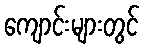
ကျောင်းများတွင်